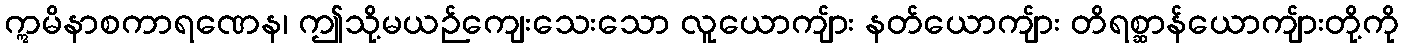
ဣမိနာစကာရဏေန၊ ဤသို့မယဉ်ကျေးသေးသော လူယောကျ်ား နတ်ယောကျ်ား တိရစ္ဆာန်ယောကျ်ားတို့ကို